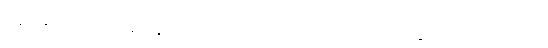
အရောင်လေးတွေကိုတော့ လိုက်ဖက်အောင် တွဲဖို့ လိုပါတယ်။